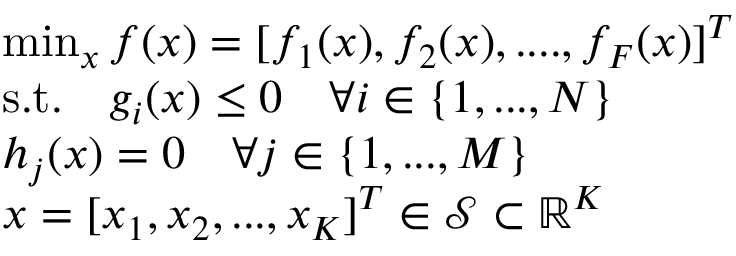
\begin{array} { r l } & { \operatorname* { m i n } _ { x } f ( x ) = [ f _ { 1 } ( x ) , f _ { 2 } ( x ) , . . . . , f _ { F } ( x ) ] ^ { T } } \\ & { \mathrm { s . t . } \quad g _ { i } ( x ) \le 0 \quad \forall i \in \{ 1 , . . . , N \} } \\ & { h _ { j } ( x ) = 0 \quad \forall j \in \{ 1 , . . . , M \} } \\ & { x = [ x _ { 1 } , x _ { 2 } , . . . , x _ { K } ] ^ { T } \in \mathcal { S } \subset \mathbb { R } ^ { K } } \end{array}